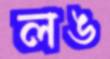
লঙ